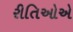
રીતિઓએ